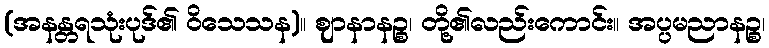
(အနန္တရသုံးပုဒ်၏ ဝိသေသန)။ ဈာနာနဉ္စ၊ တို့၏လည်းကောင်း။ အပ္ပမညာနဉ္စ၊